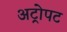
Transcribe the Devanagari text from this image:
अट्रोपट